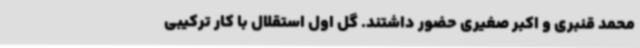
محمد قنبری و اکبر صغیری حضور داشتند. گل اول استقلال با کار ترکیبی